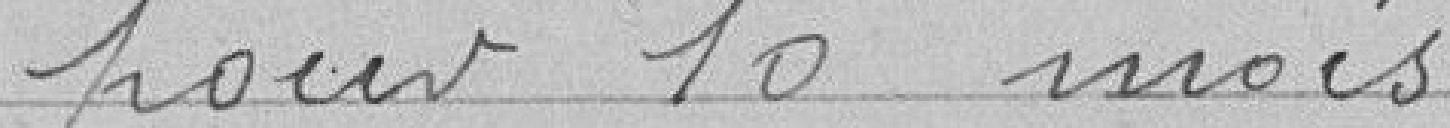
pour 10 mois